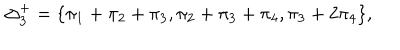
LaTeX: \Delta _ { 3 } ^ { + } = \{ \pi _ { 1 } + \pi _ { 2 } + \pi _ { 3 } , \pi _ { 2 } + \pi _ { 3 } + \pi _ { 4 } , \pi _ { 3 } + 2 \pi _ { 4 } \} ,